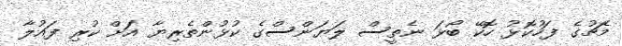
މެޗުގެ ފަހުކޮޅު ހޮކޭ ބޯޅަ ނެތީސް ލަޔަންސްގެ ކުޅުންތެރިޔާ އަށް ކުރި ފައުލާ